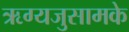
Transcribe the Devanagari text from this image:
ऋग्यजुसामके